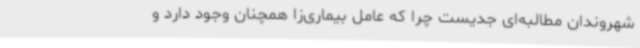
شهروندان مطالبه‌ای جدیست چرا که عامل بیماری‌زا همچنان وجود دارد و